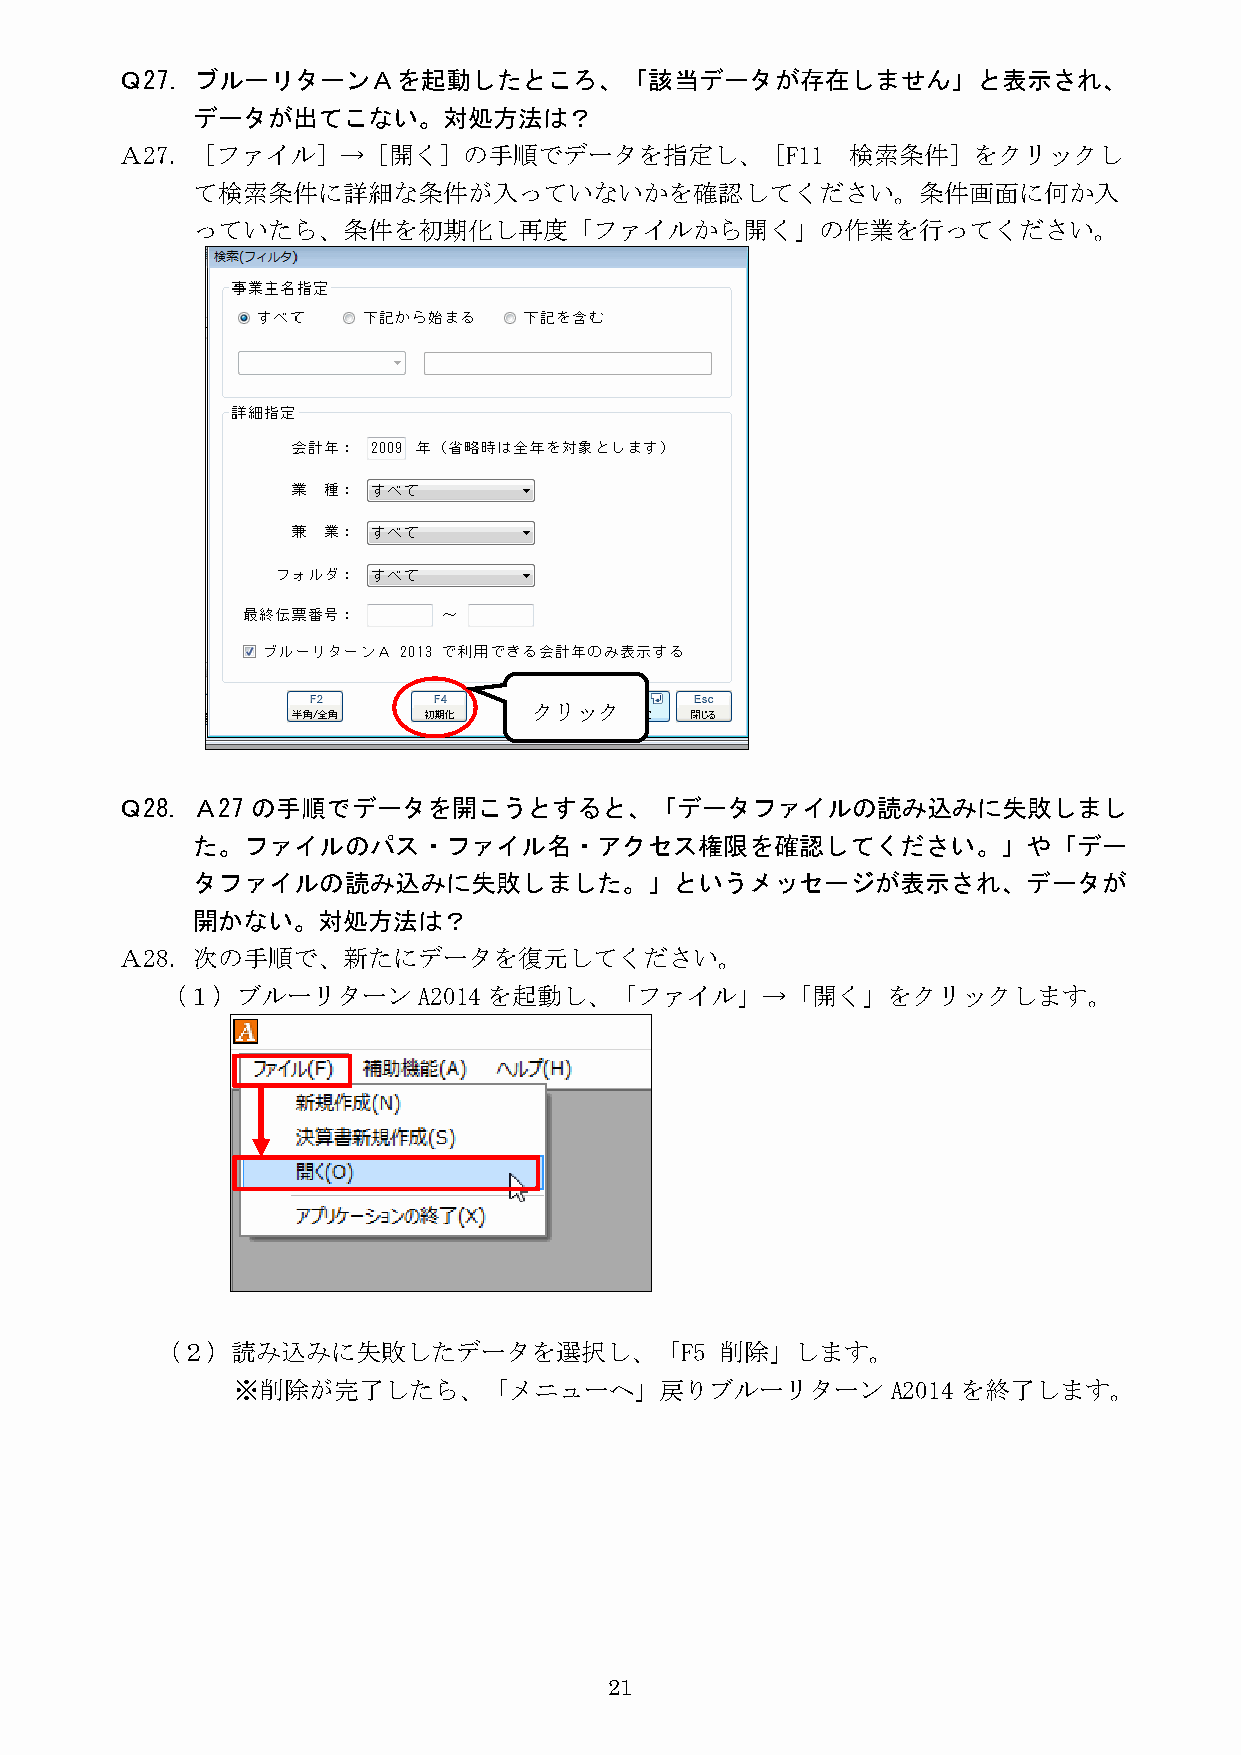
Ｑ27．ブルーリターンＡを起動したところ、「該当データが存在しません」と表示され、
 データが出てこない。対処方法は？
 Ａ27．［ファイル］→［開く］の手順でデータを指定し、［F11                 検索条件］をクリックし
 て検索条件に詳細な条件が入っていないかを確認してください。条件画面に何か入
 っていたら、条件を初期化し再度「ファイルから開く」の作業を行ってください。
 クリック
 Ｑ28．Ａ27  の手順でデータを開こうとすると、「データファイルの読み込みに失敗しまし
 た。ファイルのパス・ファイル名・アクセス権限を確認してください。」や「デー
 タファイルの読み込みに失敗しました。」というメッセージが表示され、データが
 開かない。対処方法は？
 Ａ28．次の手順で、新たにデータを復元してください。
 （１）ブルーリターン       A2014を起動し、「ファイル」→「開く」をクリックします。
 （２）読み込みに失敗したデータを選択し、「F5               削除」します。
 ※削除が完了したら、「メニューへ」戻りブルーリターン                  A2014 を終了します。
 21